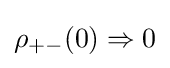
\rho _{+-}(0)\Rightarrow 0